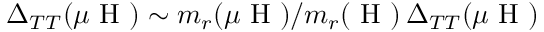
\Delta _ { T T } ( \mu \mathrm { ~ H ~ } ) \sim m _ { r } ( \mu \mathrm { ~ H ~ } ) / m _ { r } ( \mathrm { ~ H ~ } ) \, \Delta _ { T T } ( \mu \mathrm { ~ H ~ } )